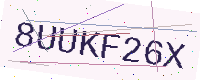
Text: 8UUKF26X